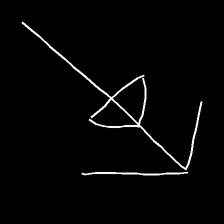
Glyph: pull